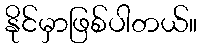
နိုင်မှာဖြစ်ပါတယ်။